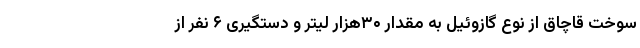
سوخت قاچاق از نوع گازوئیل به مقدار ۳۰هزار لیتر و دستگیری ۶ نفر از